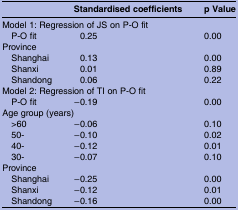
<table><thead><tr><td></td><td><b>Standardised coefficients</b></td><td><b>p Value</b></td></tr></thead><tbody><tr><td colspan="3">Model 1: Regression of JS on P-O fit</td></tr><tr><td> P-O fit</td><td>0.25</td><td>0.00</td></tr><tr><td colspan="3">Province</td></tr><tr><td> Shanghai</td><td>0.13</td><td>0.00</td></tr><tr><td> Shanxi</td><td>0.01</td><td>0.89</td></tr><tr><td> Shandong</td><td>0.06</td><td>0.22</td></tr><tr><td colspan="3">Model 2: Regression of TI on P-O fit</td></tr><tr><td> P-O fit</td><td>−0.19</td><td>0.00</td></tr><tr><td colspan="3">Age group (years)</td></tr><tr><td> &gt;60</td><td>−0.06</td><td>0.10</td></tr><tr><td> 50-</td><td>−0.10</td><td>0.02</td></tr><tr><td> 40-</td><td>−0.12</td><td>0.01</td></tr><tr><td> 30-</td><td>−0.07</td><td>0.10</td></tr><tr><td colspan="3">Province</td></tr><tr><td> Shanghai</td><td>−0.25</td><td>0.00</td></tr><tr><td> Shanxi</td><td>−0.12</td><td>0.01</td></tr><tr><td> Shandong</td><td>−0.16</td><td>0.00</td></tr></tbody></table>